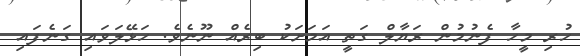
ހުރި މީހާ ފެނުމުން ރަޔާލް ގަތީ އަމަށަކު ބިރެއް ނޫނެވެ. ހަޅޭލަވައި ގަނެފައި